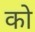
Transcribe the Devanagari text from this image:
को